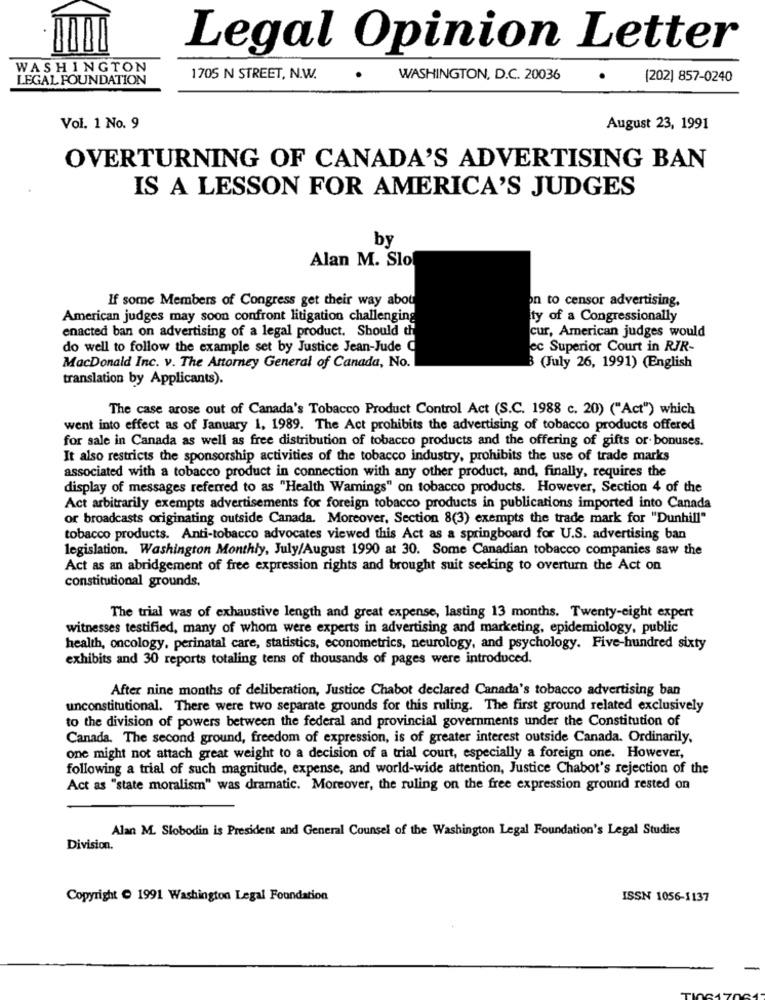
Legal Opinion Letter
WASHINGTON
LEGAL FOUNDATION
1705 N STREET, N.W.
WASHINGTON, D.C. 20036
(202] 857-0240
Vol. 1 No. 9
August 23, 1991
OVERTURNING OF CANADA'S ADVERTISING BAN
IS A LESSON FOR AMERICA'S JUDGES
by
Alan M. Slo
If some Members of Congress get their way abou
on to censor advertising,
American judges may soon confront litigation challenging
ty of a Congressionally
enacted ban on advertising of a legal product. Should th
cur, American judges would
do well to follow the example set by Justice Jean-Jude C
ec Superior Court in RJR-
MacDonald Inc. v. The Attorney General of Canada, No.
B (July 26, 1991) (English
translation by Applicants).
The case arose out of Canada's Tobacco Product Control Act (S.C. 1988 c. 20) ("Act") which
went into effect as of January 1, 1989. The Act prohibits the advertising of tobacco products offered
for sale in Canada as well as free distribution of tobacco products and the offering of gifts or- bonuses.
It also restricts the sponsorship activities of the tobacco industry, prohibits the use of trade marks
associated with a tobacco product in connection with any other product, and, finally, requires the
display of messages referred to as "Health Wamings" on tobacco products. However, Section 4 of the
Act arbitrarily exempts advertisements for foreign tobacco products in publications imported into Canada
or broadcasts originating outside Canada. Moreover, Section 8(3) exempts the trade mark for "Dunhill"
tobacco products. Anti-tobacco advocates viewed this Act as a springboard for U.S. advertising ban
legislation. Washington Monthly, July/August 1990 at 30. Some Canadian tobacco companies saw the
Act as an abridgement of free expression rights and brought suit seeking to overturn the Act on
constitutional grounds.
The trial was of exhaustive length and great expense, lasting 13 months. Twenty-eight expert
witnesses testified, many of whom were experts in advertising and marketing, epidemiology, public
health, oncology, perinatal care, statistics, econometrics, neurology, and psychology. Five-hundred sixty
exhibits and 30 reports totaling tens of thousands of pages were introduced.
After nine months of deliberation, Justice Chabot declared Canada's tobacco advertising ban
unconstitutional. There were two separate grounds for this ruling. The first ground related exclusively
to the division of powers between the federal and provincial governments under the Constitution of
Canada. The second ground, freedom of expression, is of greater interest outside Canada. Ordinarily.
one might not attach great weight to a decision of a trial court, especially a foreign one. However,
following a trial of such magnitude, expense, and world-wide attention, Justice Chabot's rejection of the
Act as "state moralism" was dramatic. Moreover, the ruling on the free expression ground rested on
Alan M. Slobodin is President and General Counsel of the Washington Legal Foundation's Legal Studies
Division.
Copyright @ 1991 Washington Legal Foundation
ISSN 1056-1137